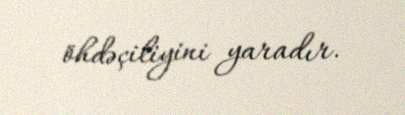
öhdəçiliyini yaradır.